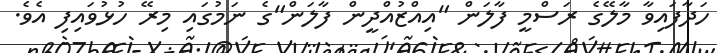
ހަދާފައިވާ މާލޭގެ ރަސްމީ ފާލަން "އިއްޒުއްދީން ފާލަން"ގެ ނަމުގައި މިރޭ ހުޅުވައިފި އެވެ.